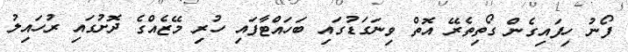
ފޯނު ހިފައިގެން ގޯތިތެރޭ އޮތް ވިނަގަޑުގައި ބަހައްޓާފައި ހުރި މޭޒެއްގެ ދޮށުގައި ރުހައިލު